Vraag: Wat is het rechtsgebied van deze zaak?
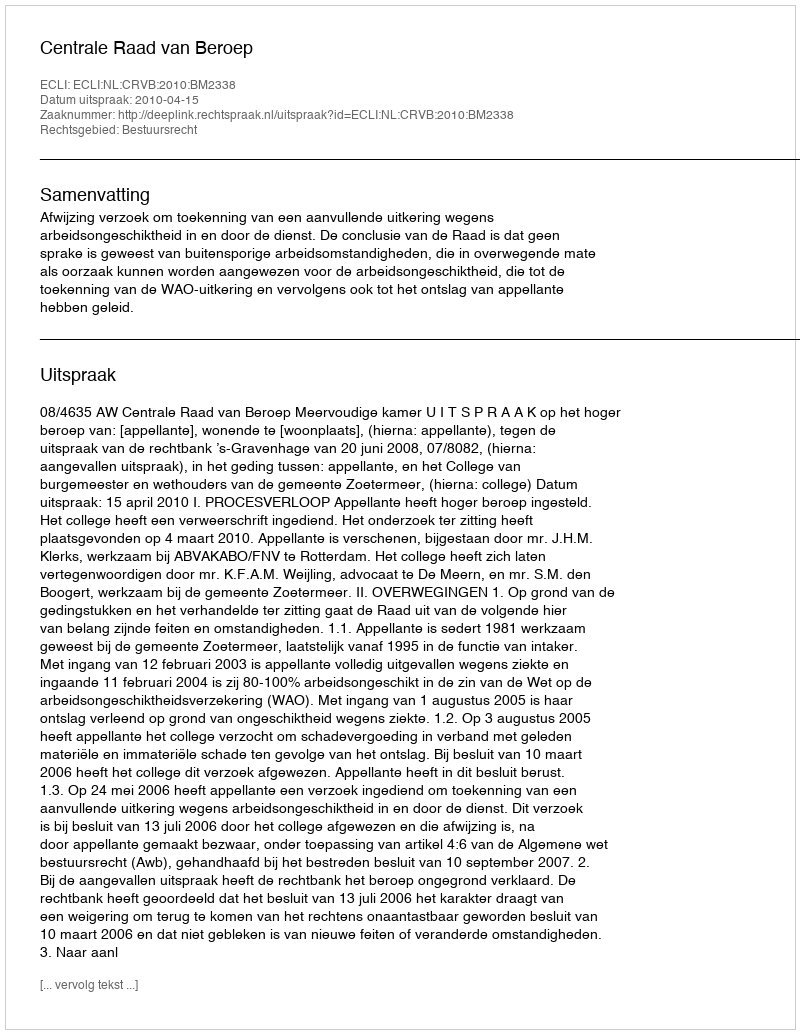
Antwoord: Bestuursrecht